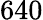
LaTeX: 640